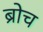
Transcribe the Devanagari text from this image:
ब्रोच